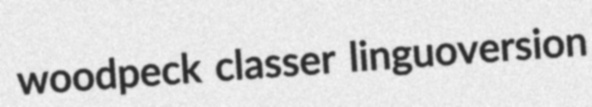
woodpeck classer linguoversion